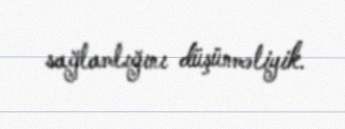
sağlamlığını düşünməliyik.